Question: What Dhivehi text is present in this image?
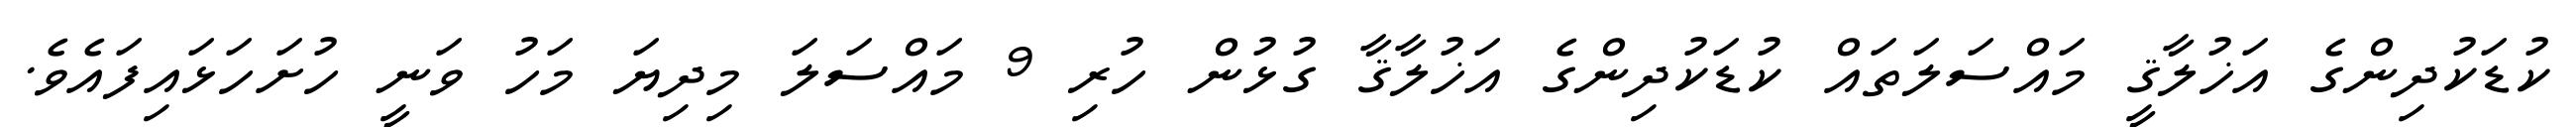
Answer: ކުޑަކުދިންގެ އަޚުލާޤީ މައްސަލަތައް ކުޑަކުދިންގެ އަޚުލާޤާ ގުޅުން ހުރި 9 މައްސަލަ މިދިޔަ މަހު ވަނީ ހުށަހަޅައިފައެވެ.